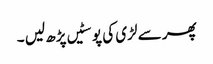
پھر سے لڑی کی پوسٹیں پڑھ لیں ۔